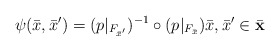
\begin{align*} \psi(\bar{x}, \bar{x}^\prime) = (p|_{F_{\bar{x}^\prime}} )^{-1} \circ(p|_{F_{\bar{x}}}) \bar{x},\bar{x}^\prime \in \bar{\mathbf{x}}\end{align*}